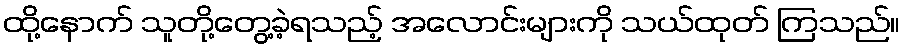
ထို့နောက် သူတို့တွေ့ခဲ့ရသည့် အလောင်းများကို သယ်ထုတ် ကြသည်။